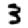
Digit: 3